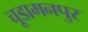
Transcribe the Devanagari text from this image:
चूडामनपुर